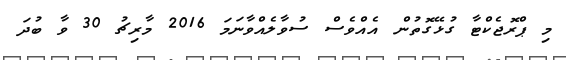
މި ޕްރޮޖެކްޓާ ގުޅޭގޮތުން އެއްވެސް ސުވާލެއްވާނަމަ 2016 މާރިޗު 30 ވާ ބުދަ